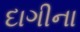
દાગીના